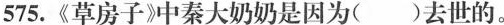
575.《草房子》中秦大奶奶是因为()去世的。